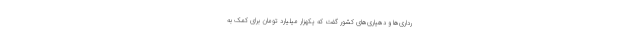
رداری‌ها و دهیاری‌های کشور گفت که یکهزار میلیارد تومان برای کمک به